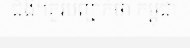
ជំងឺ។គួរបញ្ជាក់ថា កម្ពុជា